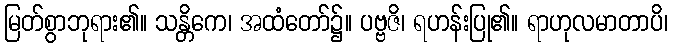
မြတ်စွာဘုရား၏။ သန္တိကေ၊ အထံတော်၌။ ပဗ္ဗဇိ၊ ရဟန်းပြု၏။ ရာဟုလမာတာပိ၊